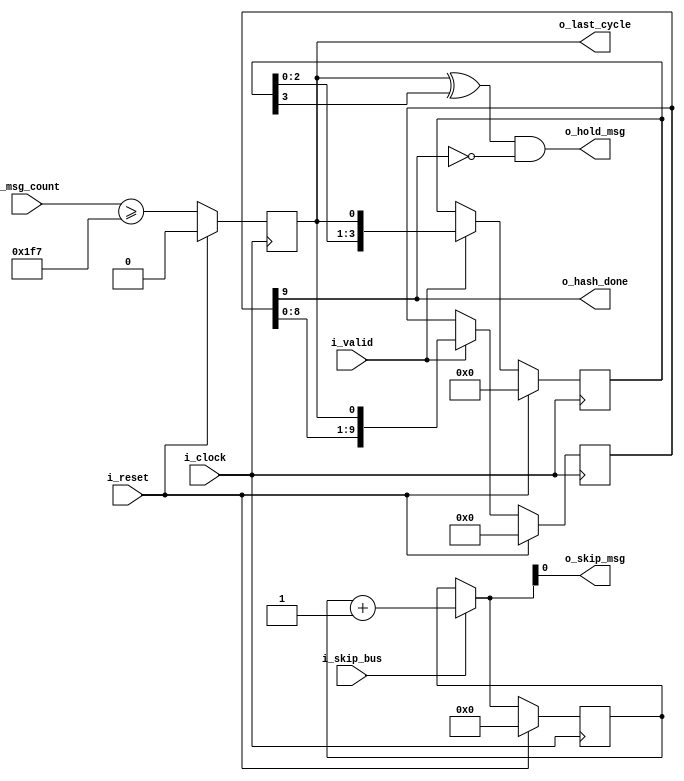
module ghash_control_signal_unit
#(
    // PARAMETERS
    parameter                               N_MESSEGES      = 508,
    parameter                               MSG_BUBBLES     = 0,
    parameter                               HOLD_MSG_DELAY  = 4,
    parameter                               HASH_DONE_DELAY = 10 
)
(
    // OUTPUTS
    output      reg                         o_last_cycle,
    output      wire                        o_hold_msg,
    output      wire                        o_hash_done,
    output      wire                        o_skip_msg,
    // INPUTS
    input       wire        [9:0]           i_msg_count,               
    input       wire                        i_skip_bus,
    input       wire                        i_valid,
    input       wire                        i_reset,
    input       wire                        i_clock
);

    // QUICK INSTANCE: BEGIN
    /*
    ghash_control_signal_unit
    #(
        // PARAMETERS
        .N_MESSEGES                     ( N_MESSEGES    ),
        .MSG_BUBBLES                    ( MSG_BUBBLES   ),
        .HOLD_MSG_DELAY                 ( DELAY4        ),
        .HASH_DONE_DELAY                ( DELAY10       )
    )
    u_ghash_control_signal_unit
    (
        // OUTPUTS
        .o_last_cycle                   (  ),    
        .o_hold_msg                     (  ),
        .o_hash_done                    (  ),
        .o_skip_msg                     (  ),
        // INPUTS
        .i_msg_count                    (  ),
        .i_skip_bus                     (  ),
        .i_valid                        (  ),
        .i_reset                        (  ),
        .i_clock                        (  )
    );
    */ // QUICK INSTANCE: END

    // INTERNAL SIGNALS
    integer                                             skip_bus_counter;
    reg             [HOLD_MSG_DELAY-1:0]                last_cycle_shift_hold_msg;
    reg             [HASH_DONE_DELAY-1:0]               last_cycle_shift_hash_done;

    // ALGORITHM BEGIN
    always @( posedge i_clock ) begin
       if ( i_reset ) 
            o_last_cycle  = 1'b0;
       else 
            o_last_cycle  = ( MSG_BUBBLES == 0 )                            ?
                            ( i_msg_count >= N_MESSEGES - 4 - 1 )           :   
                            ( i_msg_count >= N_MESSEGES - MSG_BUBBLES - 1 ) ;   // "-1" is because the delay caused by the registration
    end

    always @( posedge i_clock ) begin
        if ( i_reset )
            skip_bus_counter    = 0;
        else if ( i_skip_bus )
            skip_bus_counter    = skip_bus_counter + 1'b1 ;
    end
    assign o_skip_msg
                = ( i_skip_bus )? skip_bus_counter + 1'b1 : skip_bus_counter ;

    always @( posedge i_clock ) begin
        if ( i_reset ) begin
            last_cycle_shift_hold_msg   <= { HOLD_MSG_DELAY{1'b0} };
            last_cycle_shift_hash_done  <= { HASH_DONE_DELAY{1'b0} };    
        end else if ( i_valid ) begin
            last_cycle_shift_hold_msg   <= { last_cycle_shift_hold_msg[HOLD_MSG_DELAY-1:0], o_last_cycle};
            last_cycle_shift_hash_done  <= { last_cycle_shift_hash_done[HASH_DONE_DELAY-1:0], o_last_cycle};
        end
    end
    assign o_hold_msg       = (o_last_cycle ^ last_cycle_shift_hold_msg[HOLD_MSG_DELAY-1]) & !o_hash_done;
    assign o_hash_done      = last_cycle_shift_hash_done[HASH_DONE_DELAY-1];

endmodule